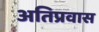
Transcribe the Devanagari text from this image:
अतिप्रवास